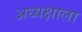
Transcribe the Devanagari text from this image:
अध्यक्षाला